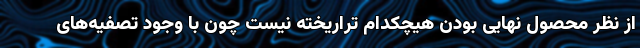
از نظر محصول نهایی بودن هیچکدام تراریخته نیست چون با وجود تصفیه‌های